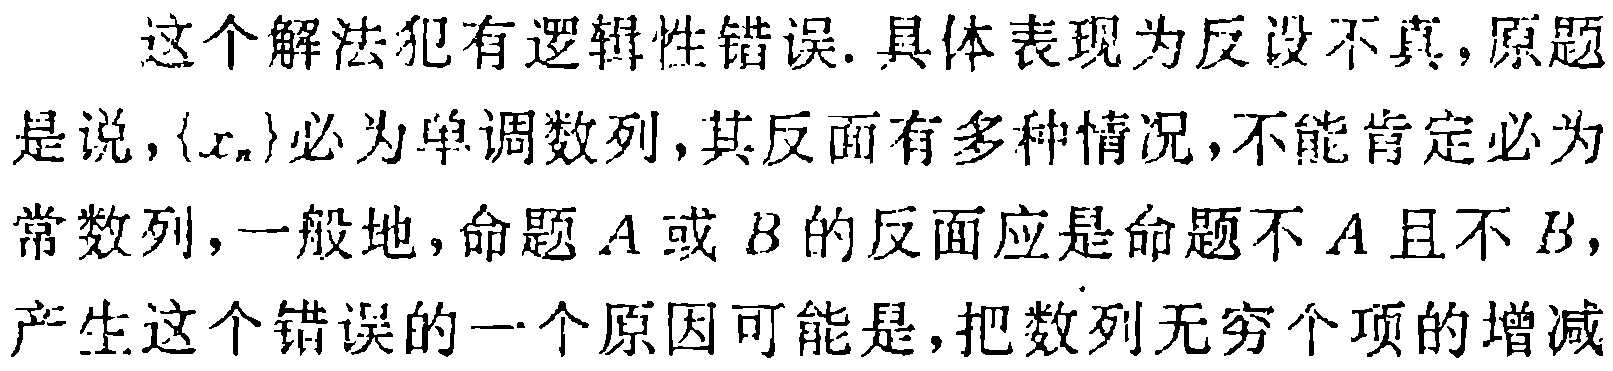
这个解法犯有逻辑性错误. 具体表现为反设不真, 原题是说, $\{x_{n}\}$ 必为单调数列, 其反面有多种情况, 不能肯定必为常数列, 一般地, 命题$A$或$B$的反面应是命题不$A$且不$B$, 产生这个错误的一个原因可能是, 把数列无穷个项的增减